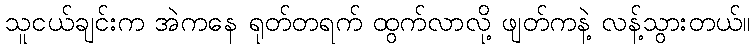
သူငယ်ချင်းက အဲကနေ ရုတ်တရက် ထွက်လာလို့ ဖျတ်ကနဲ့ လန့်သွားတယ်။